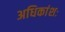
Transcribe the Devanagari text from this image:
अधिकांशः